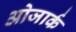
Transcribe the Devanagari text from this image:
ओजार्क